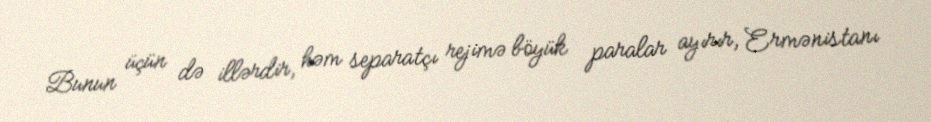
Bunun üçün də illərdir, həm separatçı rejimə böyük paralar ayırır, Ermənistanı